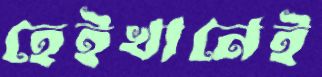
হেইখানেই